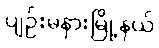
ပျဉ်းမနားမြို့နယ်